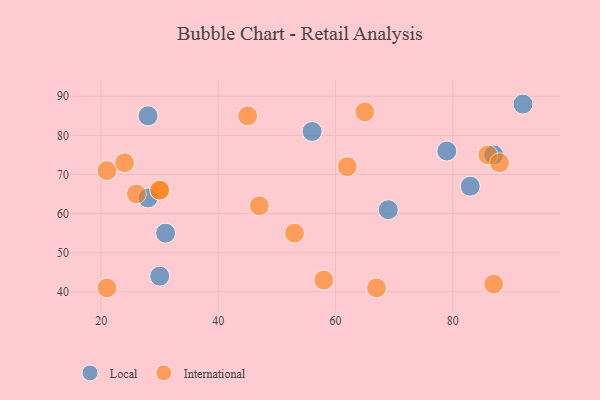
{"axis": {"x": "GDP", "y": "Life Expectancy"}, "legend": ["International", "Local"], "data": [{"x": "31", "y": 55, "type": "Local"}, {"x": "87", "y": 75, "type": "Local"}, {"x": "69", "y": 61, "type": "Local"}, {"x": "56", "y": 81, "type": "Local"}, {"x": "83", "y": 67, "type": "Local"}, {"x": "30", "y": 44, "type": "Local"}, {"x": "92", "y": 88, "type": "Local"}, {"x": "28", "y": 85, "type": "Local"}, {"x": "28", "y": 64, "type": "Local"}, {"x": "79", "y": 76, "type": "Local"}, {"x": "26", "y": 65, "type": "International"}, {"x": "47", "y": 62, "type": "International"}, {"x": "30", "y": 66, "type": "International"}, {"x": "30", "y": 66, "type": "International"}, {"x": "86", "y": 75, "type": "International"}, {"x": "21", "y": 71, "type": "International"}, {"x": "21", "y": 41, "type": "International"}, {"x": "87", "y": 42, "type": "International"}, {"x": "65", "y": 86, "type": "International"}, {"x": "67", "y": 41, "type": "International"}, {"x": "88", "y": 73, "type": "International"}, {"x": "62", "y": 72, "type": "International"}, {"x": "24", "y": 73, "type": "International"}, {"x": "53", "y": 55, "type": "International"}, {"x": "45", "y": 85, "type": "International"}, {"x": "58", "y": 43, "type": "International"}]}